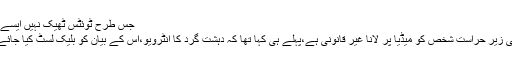
جس طرح ٹوئٹس ٹھیک نہیں ایسے ہی زیر حراست شخص کا انٹرویو نشر کرنا بھی درست نہیں
نثار نے کہا کہ جس طرح ٹوئٹس صحیح نہیں، ویسے ہی کسی زیر حراست شخص کو میڈیا پر لانا غیر قانونی ہے،پہلے ہی کہا تھا کہ دہشت گرد کا انٹرویو،اس کے بیان کو بلیک لسٹ کیا جائے، اس انٹرویو کا آنا اس ساری کوشش اور کاوش کی نفی ہے۔